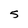
Character: 5